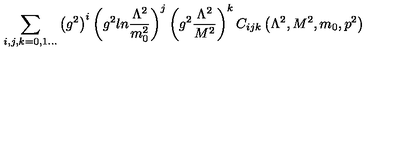
\sum _ { i , j , k = 0 , 1 . . . } \left( g ^ { 2 } \right) ^ { i } \left( g ^ { 2 } l n { \frac { \Lambda ^ { 2 } } { m _ { 0 } ^ { 2 } } } \right) ^ { j } \left( g ^ { 2 } { \frac { \Lambda ^ { 2 } } { M ^ { 2 } } } \right) ^ { k } C _ { i j k } \left( \Lambda ^ { 2 } , M ^ { 2 } , m _ { 0 } , p ^ { 2 } \right)